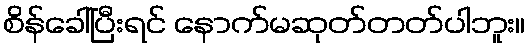
စိန်ခေါ်ပြီးရင် နောက်မဆုတ်တတ်ပါဘူး။